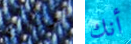
عودتهم أنك